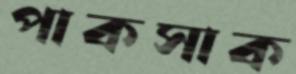
পাকসাক